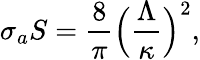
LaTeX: \sigma_{a}S=\frac{8}{\pi}\Big(\frac{\Lambda}{\kappa}\Big)^{2},